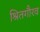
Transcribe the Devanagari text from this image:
श्रितगौरव